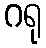
ဂရု